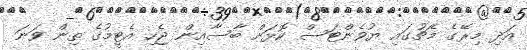
އަދި މިރޭގެ މެޗުގައި ޔުވެންޓަސް ކޮޅަށް ބާސާއިން ޖެހި އެޓީމުގެ ތިން ވަނަ